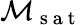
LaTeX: \mathcal{M}_{\mathrm{~s~a~t~}}